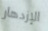
الإزدهار